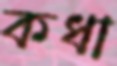
কধা